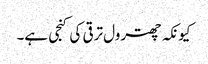
کیونکہ چھترول ترقی کی کنجی ہے۔